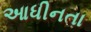
આધીનતા